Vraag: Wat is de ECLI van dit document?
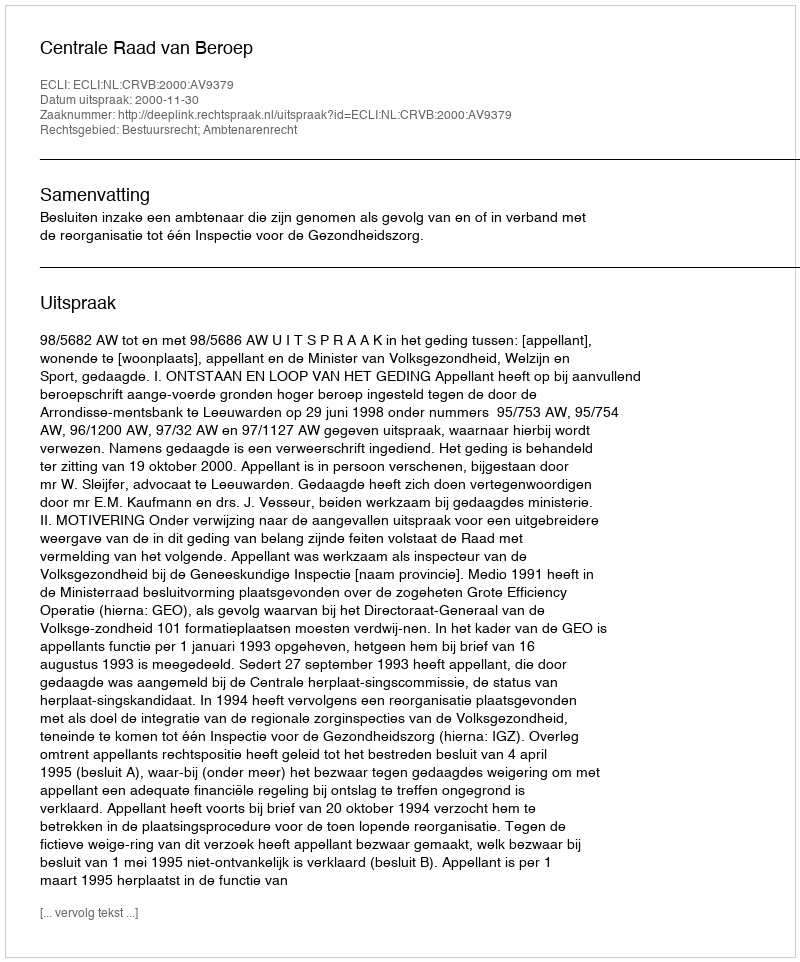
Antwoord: ECLI:NL:CRVB:2000:AV9379